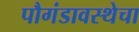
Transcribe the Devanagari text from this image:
पौगंडावस्थेचा